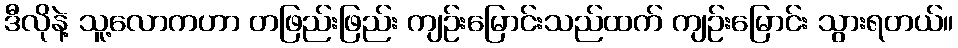
ဒီလိုနဲ့ သူ့လောကဟာ တဖြည်းဖြည်း ကျဉ်းမြောင်းသည်ထက် ကျဉ်းမြောင်း သွားရတယ်။